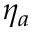
\eta _ { a }